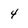
Character: 4